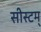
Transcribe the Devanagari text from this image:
सीस्टम्